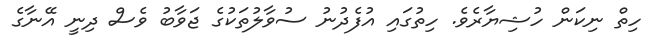
ހިތް ނިކަން ހުޝިޔާރެވެ. ހިތުގައި އުފެދުނު ސުވާލުތަކުގެ ޖަވާބު ވެސް ދިނީ އޭނާގެ